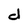
Character: d